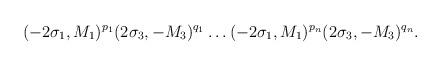
LaTeX: \begin{align*}(-2\sigma _1,M_1)^{p_1}(2\sigma _3,-M_3)^{q_1}\ldots(-2\sigma _1,M_1)^{p_n}(2\sigma _3,-M_3)^{q_n}.\end{align*}